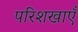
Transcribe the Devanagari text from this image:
परिशखाएँ